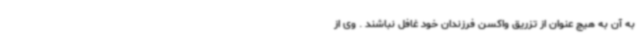
به آن به هیچ عنوان از تزریق واکسن فرزندان خود غافل نباشند . وی از